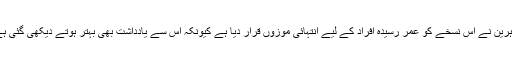
ماہرین نے اس نسخے کو عمر رسیدہ افراد کے لیے انتہائی موزوں قرار دیا ہے کیونکہ اس سے یادداشت بھی بہتر ہوتے دیکھی گئی ہے۔